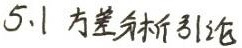
5.1 方差分析引论